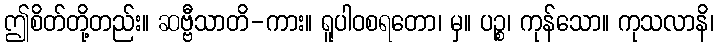
ဤစိတ်တို့တည်း။ ဆဗ္ဗီသာတိ-ကား။ ရူပါဝစရတော၊ မှ။ ပဉ္စ၊ ကုန်သော။ ကုသလာနိ၊